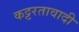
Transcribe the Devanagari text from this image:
कट्टरतावादी